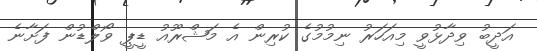
އަދީބު ވިދާޅުވީ މިއަހަރު ނިމުމުގެ ކުރިން އެ މަޝްރޫއު ޑީޕީ ވޯލްޑުން ފަށާނެ